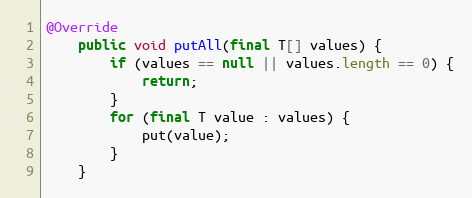
Language: Java
@Override
    public void putAll(final T[] values) {
        if (values == null || values.length == 0) {
            return;
        }
        for (final T value : values) {
            put(value);
        }
    }